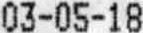
03-05-18